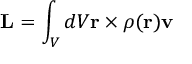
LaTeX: \mathbf { L } = \int _ { V } d V \mathbf { r } \times \rho ( \mathbf { r } ) \mathbf { v }